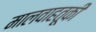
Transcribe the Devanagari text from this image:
मालवाहतूकी